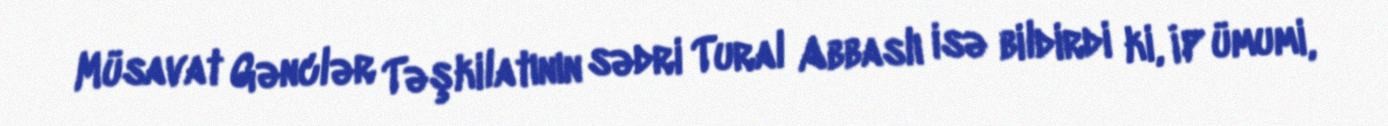
Müsavat Gənclər Təşkilatının sədri Tural Abbaslı isə bildirdi ki, İP ümumi,